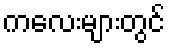
ကလေးများတွင်